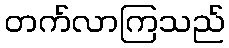
တက်လာကြသည်